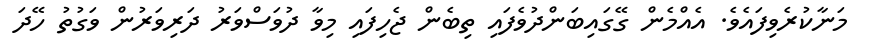
މަނާކުރެވިފައެވެ. އެއްމެން ގޭގައިބަންދުވެފައި ތިބެން ޖެހިފައި މިވާ ދުވަސްވަރު ދަރިވަރުން ވަގުތު ހޭދަ